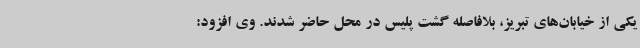
یکی از خیابان‌های تبریز، بلافاصله گشت پلیس در محل حاضر شدند. وی افزود: